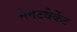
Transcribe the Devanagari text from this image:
मेनटवेर्केट